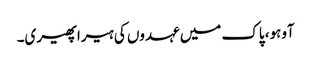
آوہو، پاک میں عہدوں کی ہیرا پھیری۔